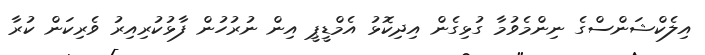
އިލެކްޝަންސްގެ ނިންމެވުމާ ގުޅިގެން އިދިކޮޅު އެމްޑީޕީ އިން ނުރުހުން ފާޅުކުރިއިރު ވެރިކަން ކުރާ